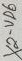
Text: X2-VD6